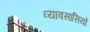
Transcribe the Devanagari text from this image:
व्यावसासियों